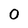
Character: 0